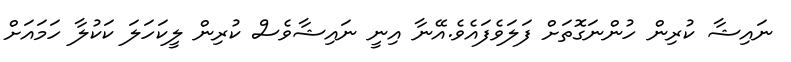
ނައިޝާ ކުރިން ހުންނަގޮތަށް ފަލަވެފައެވެ.އޭނާ އިނީ ނައިޝާވެސް ކުރިން ލީކަހަލަ ކަކުލާ ހަމައަށް